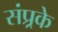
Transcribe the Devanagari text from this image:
संप्र्रके